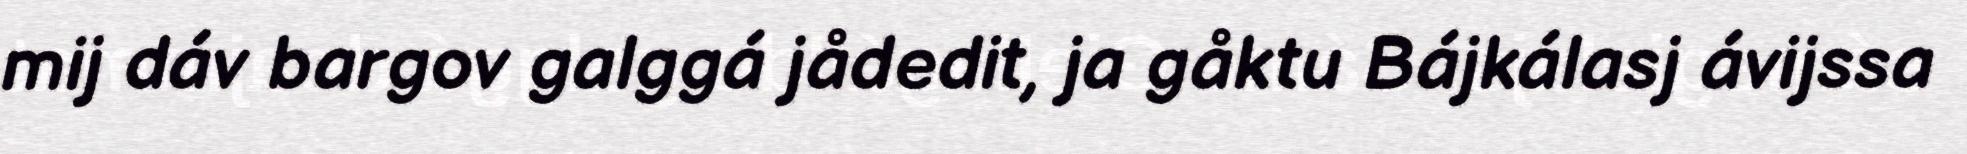
mij dáv bargov galggá jådedit, ja gåktu Bájkálasj ávijssa